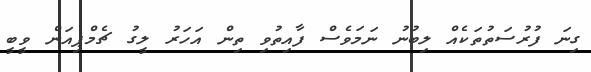
ގިނަ ފުރުސަތުތަކެއް ލިބުނު ނަމަވެސް ފާއިތުވި ތިން އަހަރު ލީގު ޗެމްޕިއަން ވީބީ